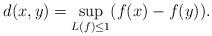
LaTeX: \begin{align*} d(x,y) = \sup_{L(f)\le 1}(f(x)-f(y)). \end{align*}